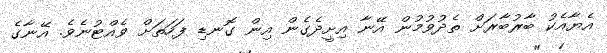
އެޔާއެކު ބާރުބާރަށް ތެދުވުމުން އޭނާ އިށީދެގެން އިން ގޮނޑި ފަހަތަށް ވެއްޓުނެވެ. އޭނާގެ